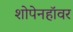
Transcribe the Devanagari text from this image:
शोपेनहॉवर